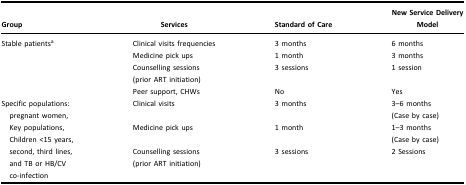
| Group | Services | Standard of Care | New Service Delivery Model |
 | --- | --- | --- | --- |
 | <ROWSPAN=4> Stable patientsa | Clinical visits frequencies | 3 months | 6 months |
 | Medicine pick ups | 1 month | 3 months |
 | Counselling sessions(prior ART initiation) | 3 sessions | 1 session |
 | Peer support, CHWs | No | Yes |
 | <ROWSPAN=3> Specific populations: pregnant women, Key populations, Children <15 years, second, third lines, and TB or HB/CV co-infection | Clinical visits | 3 months | 3–6 months(Case by case) |
 | Medicine pick ups | 1 month | 1–3 months(Case by case) |
 | Counselling sessions(prior ART initiation) | 3 sessions | 2 Sessions |